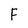
Character: F